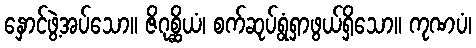
နှောင်ဖွဲ့အပ်သော။ ဇိဂုစ္ဆိယံ၊ စက်ဆုပ်ရွံရှာဖွယ်ရှိသော။ ကုဏပံ၊